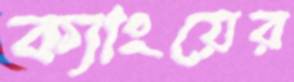
ক্যাংয়ের